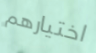
اختيارهم